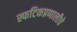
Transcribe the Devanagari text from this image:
स्फटिकप्रणालीचे